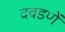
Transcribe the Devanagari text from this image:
दवडणें